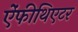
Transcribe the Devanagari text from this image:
ऐंफीथिएटर